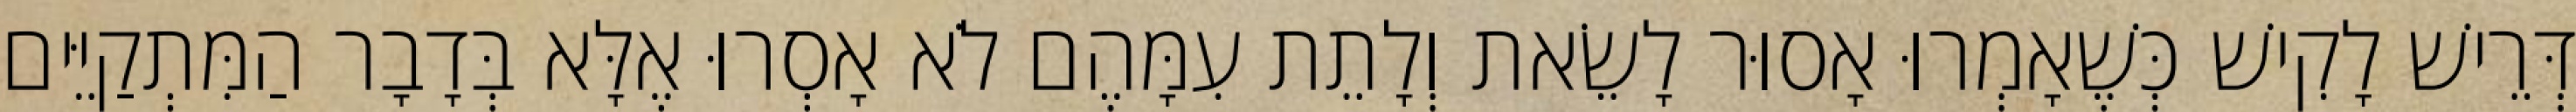
דְּרֵישׁ לָקִישׁ כְּשֶׁאָמְרוּ אָסוּר לָשֵׂאת וְלָתֵת עִמָּהֶם לֹא אָסְרוּ אֶלָּא בְּדָבָר הַמִּתְקַיֵּים